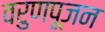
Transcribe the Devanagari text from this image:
वरुणपूजन